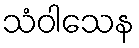
သံဝါသေန